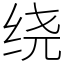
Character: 绕